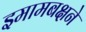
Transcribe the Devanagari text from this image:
इमामबक्षने